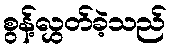
စွန့်လွှတ်ခဲ့သည်